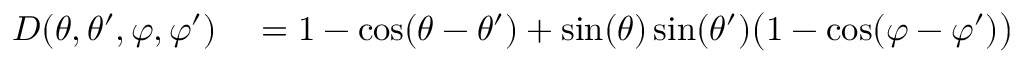
\begin{array} { r l } { D ( \theta , \theta ^ { \prime } , \varphi , \varphi ^ { \prime } ) } & { { } = 1 - \cos ( \theta - \theta ^ { \prime } ) + \sin ( \theta ) \sin ( \theta ^ { \prime } ) \big ( 1 - \cos ( \varphi - \varphi ^ { \prime } ) \big ) } \end{array}